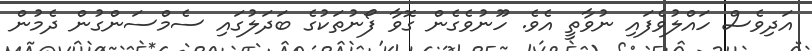
އަދިވެސް ހައްލުވެފައި ނުވާތީ އެވެ. ހޫނުވެގެން ގޮވާ ފޯނުތަކުގެ ބަދަލުގައި ސެމްސަންގުން ދެމުން